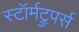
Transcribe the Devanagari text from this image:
स्टॉर्मट्रुपर्स